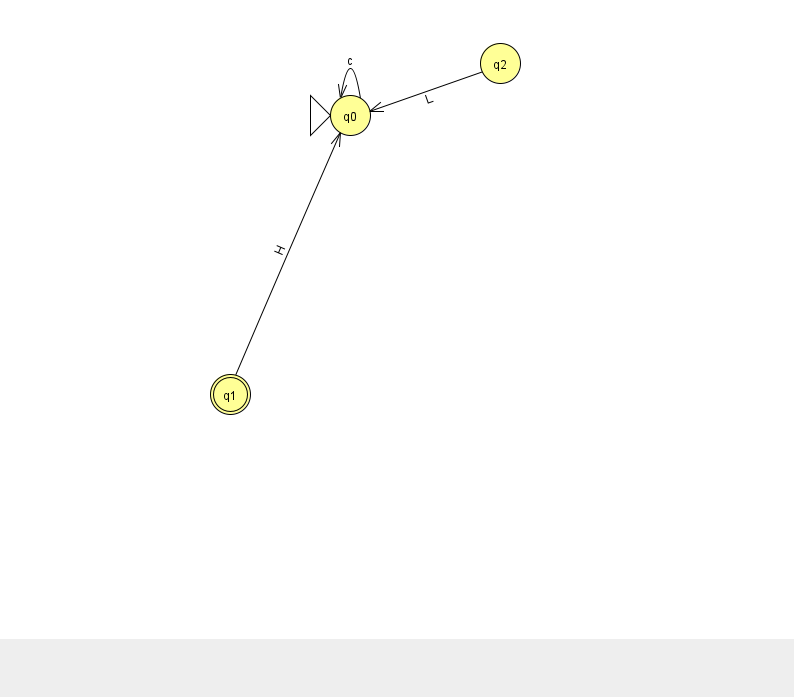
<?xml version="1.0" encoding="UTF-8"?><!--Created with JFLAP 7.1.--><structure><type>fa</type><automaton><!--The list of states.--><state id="0" name="q0"><x>350.0</x><y>102.0</y><initial/></state><state id="1" name="q1"><x>230.0</x><y>381.0</y><final/></state><state id="2" name="q2"><x>500.0</x><y>50.0</y></state><!--The list of transitions.--><transition><from>0</from><to>0</to><read>c</read></transition><transition><from>1</from><to>0</to><read>H</read></transition><transition><from>2</from><to>0</to><read>L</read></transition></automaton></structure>